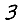
Digit: 3